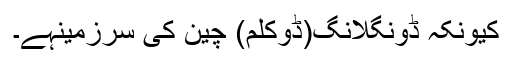
کیونکہ ڈونگلانگ(ڈوکلم) چین کی سرزمینہے۔